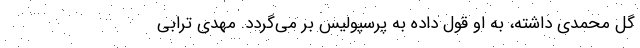
گل محمدی داشته، به او قول داده به پرسپولیس بر می‌گردد. مهدی ترابی